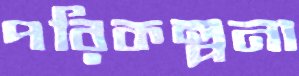
পরিকল্পনা